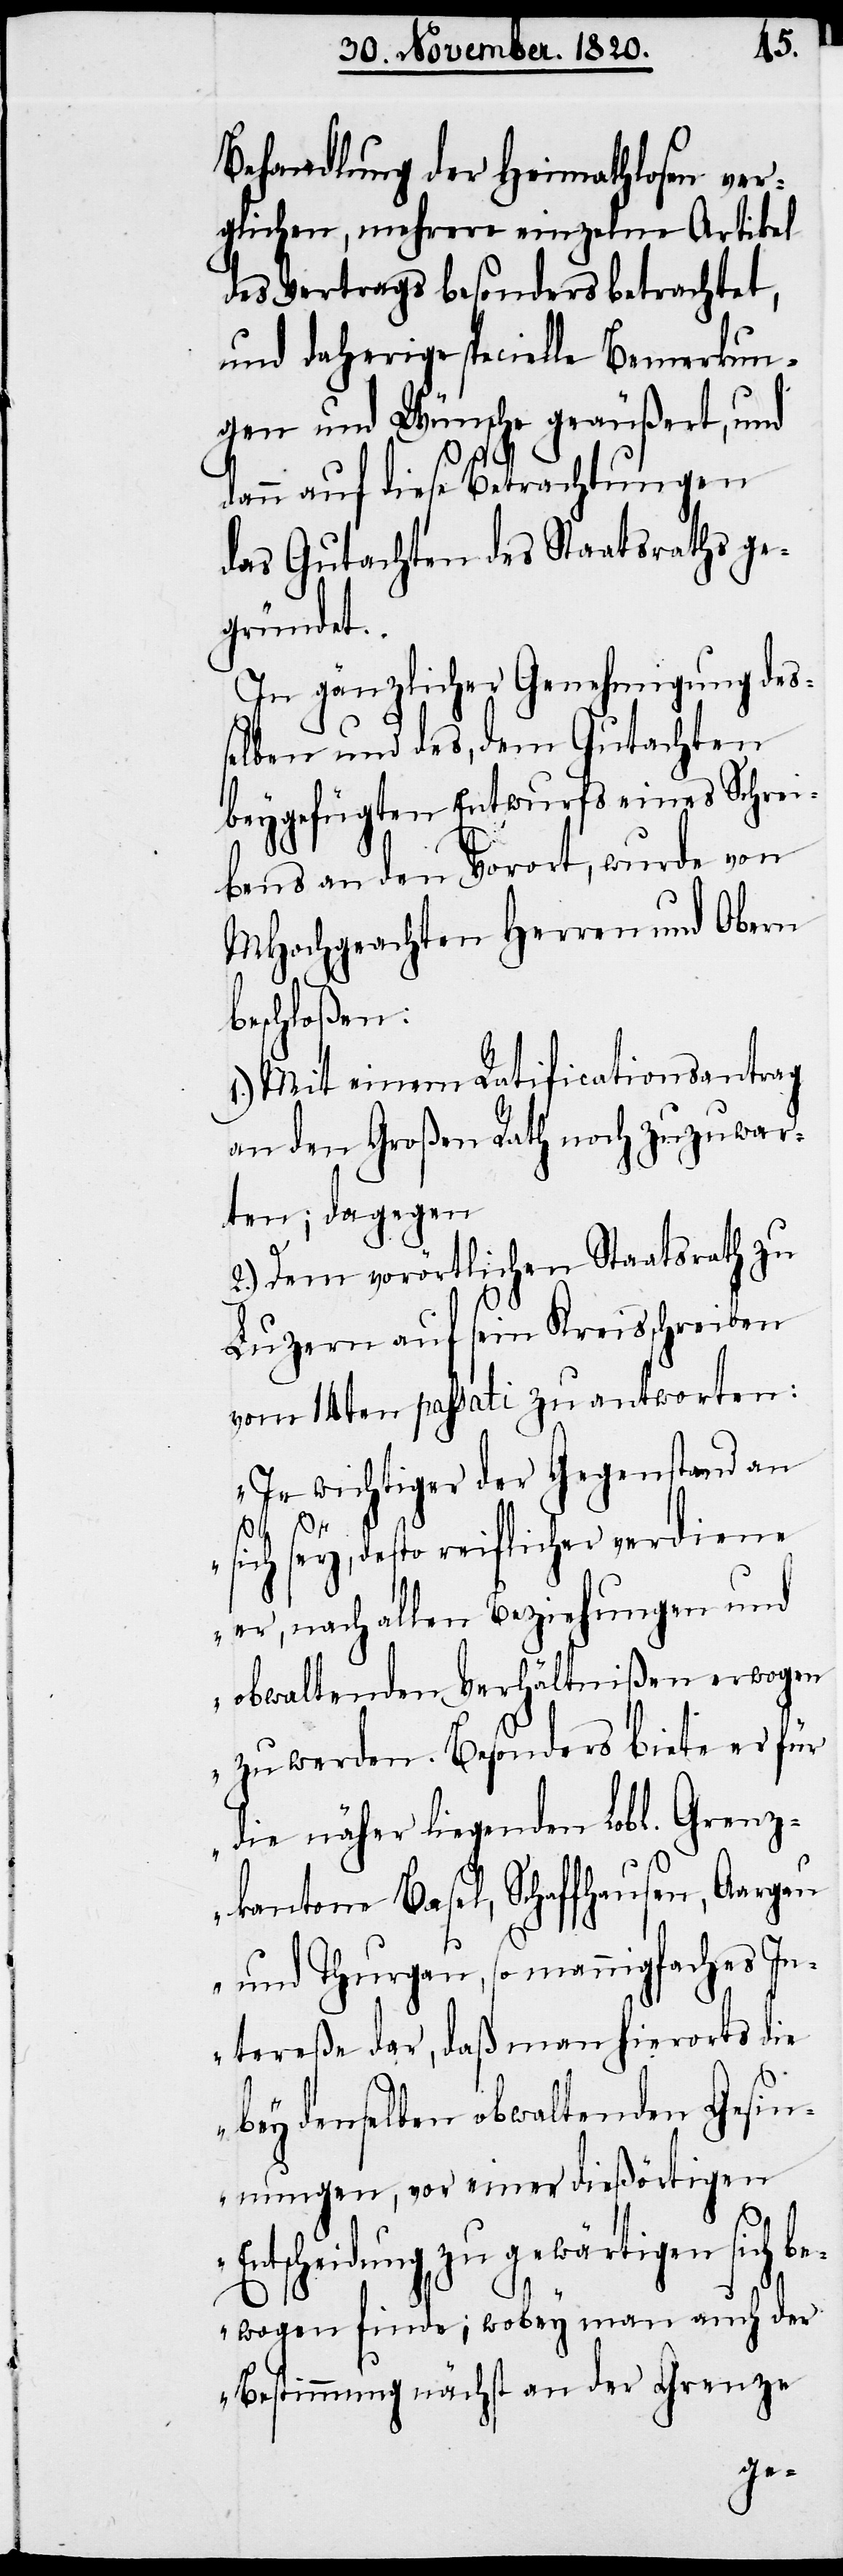
En¬
Behandlung der Heimathlosen ver¬
glichen, mehrere einzelne Artikel
des Vertrags besonders betrachtet,
und daherige specielle Bemerkun¬
gen und Wünsche geäußert, und
dann auf diese Betrachtungen
das Gutachten des Staatsraths ge¬
gründet.
In gänzlicher Genehmigung des¬
selben und des, dem Gutachten
beygefügten Entwurfs eines Schrei¬
bens an den Vorort, wurde von
MHochgeachten Herren und Obern
beschloßen:
1.) Mit einem Ratificationsantrag
an den Großen Rath noch zuzuwar¬
ten; dagegen
2.) Dem vorörtlichen Staatsrath zu
Luzern auf sein Kreisschreiben
vom 14ten passati zu antworten:
„Je wichtiger der Gegenstand an
sich sey, desto reiflicher verdiene
er, nach allen Beziehungen und
obwaltenden Verhältnißen erwogen
zu werden. Besonders biete er für
die näher liegenden Lobl. Grenz¬
kantone Basel, Schaffhausen, Aargau
und Thurgau, so mannigfaches In¬
tereße dar, daß man hierorts die
bey denselben obwaltenden Gesin¬
nungen, vor einer dießörtigen
tscheidung zu gewärtigen sich b¬
ewogen finde; wobey man auch der
Bestimmung nächst an der Grenze